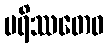
မရိဿတေဝ